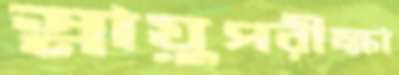
স্নায়ুপরীক্ষা